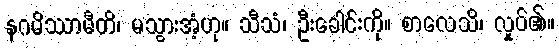
နဂမိဿာမီတိ၊ မသွားအံ့ဟု။ သီသံ၊ ဦးခေါင်းကို။ စာလေသိ၊ လှုပ်၏။